Annual report on the mental hospital in the Central Provinces and Berar (Nagpur) - 1927-1951
Year: 1927
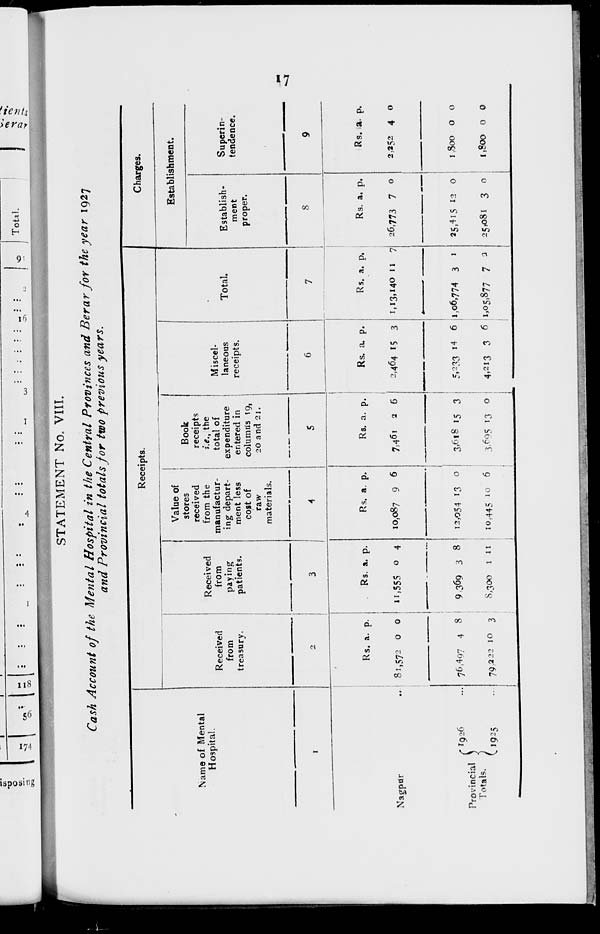
17
STATEMENT No. VIII.
Cash Account of the Mental Hospital in the Central Provinces and Berar for the year 1927
and Provincial totals for two previous years.
Name of Mental
Hospital.
1
Nagpur ...
Provincial
Totals.
1926 ...
1925 ...
Receipts.
Received
from
treasury.
2
Rs.
81,572
76,497
79,222
a.
0
4
10
p.
0
8
3
Received
from
paying
patients.
3
Rs.
11,555
9,369
8,300
a.
0
3
1
p.
4
8
11
Value of
stores
received
from the
manufactur-
ing depart-
ment less
cost of
raw
materials.
4
Rs.
10,087
12,054
10,445
a.
9
13
10
p.
6
0
6
Book
receipts
i.e., the
total of
expenditure
entered in
columns 19,
20 and 21.
5
Rs.
7,461
3,618
3,605
a.
2
15
13
p.
6
3
0
Miscel-
laneous
receipts.
6
Rs
2,464
5,233
4,213
a.
15
14
3
p.
3
6
6
Total.
7
Rs.
1,13,140
1,06,774
1,05,877
a.
11
3
7
p.
7
1
2
Charges.
Establishment.
Establish-
ment
proper.
8
Rs.
26,773
25,415
25,081
a.
7
12
3
p.
0
0
0
Superin-
tendence.
9
Rs.
2,252
1,800
1,800
a.
4
0
0
p.
0
0
0